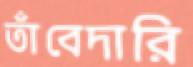
তাঁবেদারি